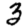
Digit: 3